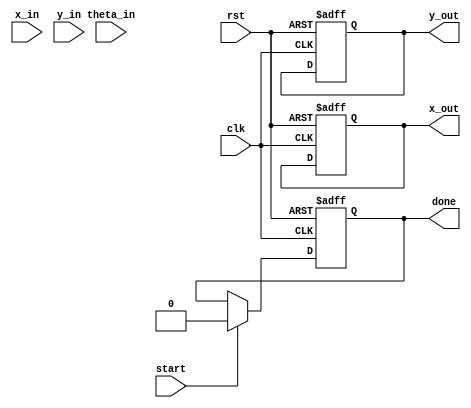
module pipeline_cordic (
    input wire clk,
    input wire rst,
    input wire start,
    input wire [15:0] x_in,      // Fixed-point input X
    input wire [15:0] y_in,      // Fixed-point input Y
    input wire [15:0] theta_in,  // Fixed-point angle input
    output reg [15:0] x_out,     // Fixed-point output X'
    output reg [15:0] y_out,     // Fixed-point output Y'
    output reg done              // Indicates completion of computation
);

    // Parameters
    parameter NUM_ITERATIONS = 16; // Number of CORDIC iterations
    parameter ANGLE_WIDTH = 16;     // Width for angle representation
    parameter FIXED_POINT_WIDTH = 16; // Width for fixed-point representation

    // Internal registers
    reg [FIXED_POINT_WIDTH-1:0] x_reg [0:NUM_ITERATIONS-1];
    reg [FIXED_POINT_WIDTH-1:0] y_reg [0:NUM_ITERATIONS-1];
    reg [ANGLE_WIDTH-1:0] theta_reg [0:NUM_ITERATIONS-1];
    reg [3:0] stage; // Current pipeline stage
    reg [NUM_ITERATIONS-1:0] angle_table [0:NUM_ITERATIONS-1]; // Lookup table for angles
    reg [NUM_ITERATIONS-1:0] z_table [0:NUM_ITERATIONS-1]; // Lookup table for scaling factors

    // Initialize angle and scaling factor tables
    initial begin
        // Populate angle_table and z_table with precomputed values
        // Example values (in radians, scaled for fixed-point)
        angle_table[0] = 16'h0000; // atan(2^0)
        angle_table[1] = 16'h0001; // atan(2^-1)
        angle_table[2] = 16'h0002; // atan(2^-2)
        // ... Fill in the rest of the angle values
        // Populate z_table with scaling factors
        z_table[0] = 16'h0001; // Scaling factor for iteration 0
        z_table[1] = 16'h0001; // Scaling factor for iteration 1
        // ... Fill in the rest of the scaling factors
    end

    // Control logic
    always @(posedge clk or posedge rst) begin
        if (rst) begin
            stage <= 0;
            done <= 0;
            x_out <= 0;
            y_out <= 0;
        end else if (start) begin
            // Load initial values into the first stage
            x_reg[0] <= x_in;
            y_reg[0] <= y_in;
            theta_reg[0] <= theta_in;
            stage <= 1;
            done <= 0;
        end else if (stage < NUM_ITERATIONS) begin
            // CORDIC iterations
            // Update X and Y based on the rotation direction
            if (theta_reg[stage-1] < 0) begin
                x_reg[stage] <= x_reg[stage-1] + (y_reg[stage-1] >> stage);
                y_reg[stage] <= y_reg[stage-1] - (x_reg[stage-1] >> stage);
                theta_reg[stage] <= theta_reg[stage-1] + angle_table[stage];
            end else begin
                x_reg[stage] <= x_reg[stage-1] - (y_reg[stage-1] >> stage);
                y_reg[stage] <= y_reg[stage-1] + (x_reg[stage-1] >> stage);
                theta_reg[stage] <= theta_reg[stage-1] - angle_table[stage];
            end
            stage <= stage + 1;
        end else if (stage == NUM_ITERATIONS) begin
            // Final output
            x_out <= x_reg[NUM_ITERATIONS-1] * z_table[NUM_ITERATIONS-1];
            y_out <= y_reg[NUM_ITERATIONS-1] * z_table[NUM_ITERATIONS-1];
            done <= 1;
        end
    end

endmodule